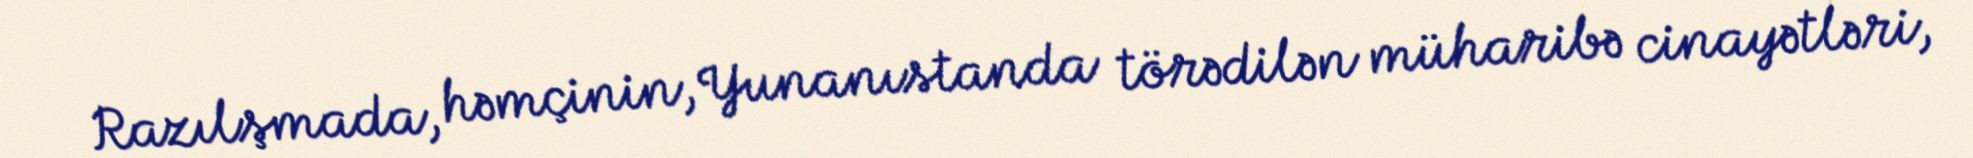
Razılşmada, həmçinin, Yunanıstanda törədilən müharibə cinayətləri,